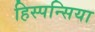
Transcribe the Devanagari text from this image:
हिस्पन्सिया